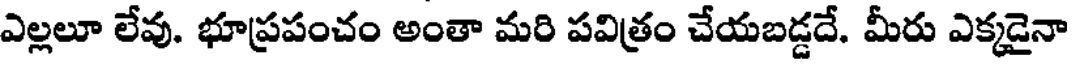
ఎల్లలూ లేవు. భూప్రపంచం అంతా మరి పవిత్రం చేయబడ్డదే. మీరు ఎక్కడైనా